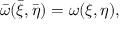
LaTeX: \bar { \omega } ( \bar { \xi } , \bar { \eta } ) = \omega ( \xi , \eta ) ,